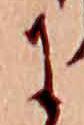
に